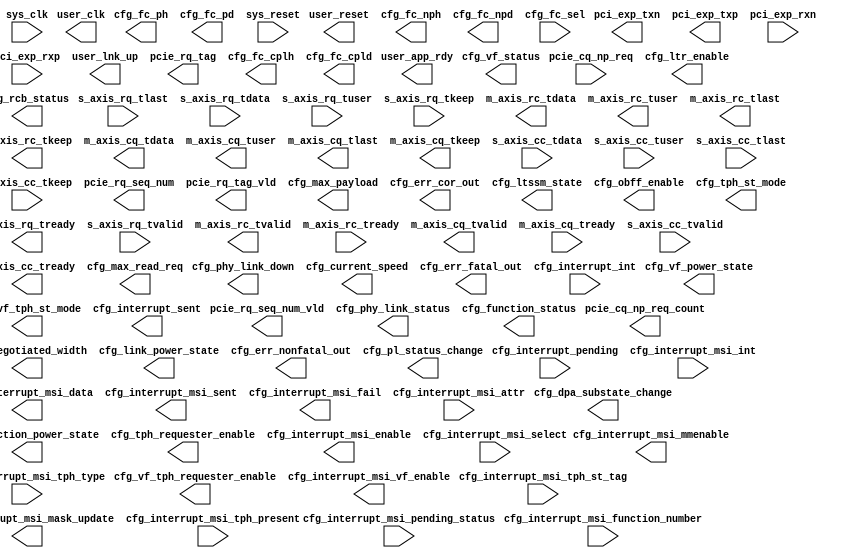
module pcie3_7x_0(pci_exp_txn, pci_exp_txp, pci_exp_rxn, pci_exp_rxp, user_clk, user_reset, user_lnk_up, user_app_rdy, s_axis_rq_tlast, s_axis_rq_tdata, s_axis_rq_tuser, s_axis_rq_tkeep, s_axis_rq_tready, s_axis_rq_tvalid, m_axis_rc_tdata, m_axis_rc_tuser, m_axis_rc_tlast, m_axis_rc_tkeep, m_axis_rc_tvalid, m_axis_rc_tready, m_axis_cq_tdata, m_axis_cq_tuser, m_axis_cq_tlast, m_axis_cq_tkeep, m_axis_cq_tvalid, m_axis_cq_tready, s_axis_cc_tdata, s_axis_cc_tuser, s_axis_cc_tlast, s_axis_cc_tkeep, s_axis_cc_tvalid, s_axis_cc_tready, pcie_rq_seq_num, pcie_rq_seq_num_vld, pcie_rq_tag, pcie_rq_tag_vld, pcie_cq_np_req, pcie_cq_np_req_count, cfg_phy_link_down, cfg_phy_link_status, cfg_negotiated_width, cfg_current_speed, cfg_max_payload, cfg_max_read_req, cfg_function_status, cfg_function_power_state, cfg_vf_status, cfg_vf_power_state, cfg_link_power_state, cfg_err_cor_out, cfg_err_nonfatal_out, cfg_err_fatal_out, cfg_ltr_enable, cfg_ltssm_state, cfg_rcb_status, cfg_dpa_substate_change, cfg_obff_enable, cfg_pl_status_change, cfg_tph_requester_enable, cfg_tph_st_mode, cfg_vf_tph_requester_enable, cfg_vf_tph_st_mode, cfg_fc_ph, cfg_fc_pd, cfg_fc_nph, cfg_fc_npd, cfg_fc_cplh, cfg_fc_cpld, cfg_fc_sel, cfg_interrupt_int, cfg_interrupt_pending, cfg_interrupt_sent, cfg_interrupt_msi_enable, cfg_interrupt_msi_vf_enable, cfg_interrupt_msi_mmenable, cfg_interrupt_msi_mask_update, cfg_interrupt_msi_data, cfg_interrupt_msi_select, cfg_interrupt_msi_int, cfg_interrupt_msi_pending_status, cfg_interrupt_msi_sent, cfg_interrupt_msi_fail, cfg_interrupt_msi_attr, cfg_interrupt_msi_tph_present, cfg_interrupt_msi_tph_type, cfg_interrupt_msi_tph_st_tag, cfg_interrupt_msi_function_number, sys_clk, sys_reset)
/* synthesis syn_black_box black_box_pad_pin="pci_exp_txn[3:0],pci_exp_txp[3:0],pci_exp_rxn[3:0],pci_exp_rxp[3:0],user_clk,user_reset,user_lnk_up,user_app_rdy,s_axis_rq_tlast,s_axis_rq_tdata[127:0],s_axis_rq_tuser[59:0],s_axis_rq_tkeep[3:0],s_axis_rq_tready[3:0],s_axis_rq_tvalid,m_axis_rc_tdata[127:0],m_axis_rc_tuser[74:0],m_axis_rc_tlast,m_axis_rc_tkeep[3:0],m_axis_rc_tvalid,m_axis_rc_tready,m_axis_cq_tdata[127:0],m_axis_cq_tuser[84:0],m_axis_cq_tlast,m_axis_cq_tkeep[3:0],m_axis_cq_tvalid,m_axis_cq_tready,s_axis_cc_tdata[127:0],s_axis_cc_tuser[32:0],s_axis_cc_tlast,s_axis_cc_tkeep[3:0],s_axis_cc_tvalid,s_axis_cc_tready[3:0],pcie_rq_seq_num[3:0],pcie_rq_seq_num_vld,pcie_rq_tag[5:0],pcie_rq_tag_vld,pcie_cq_np_req,pcie_cq_np_req_count[5:0],cfg_phy_link_down,cfg_phy_link_status[1:0],cfg_negotiated_width[3:0],cfg_current_speed[2:0],cfg_max_payload[2:0],cfg_max_read_req[2:0],cfg_function_status[7:0],cfg_function_power_state[5:0],cfg_vf_status[11:0],cfg_vf_power_state[17:0],cfg_link_power_state[1:0],cfg_err_cor_out,cfg_err_nonfatal_out,cfg_err_fatal_out,cfg_ltr_enable,cfg_ltssm_state[5:0],cfg_rcb_status[1:0],cfg_dpa_substate_change[1:0],cfg_obff_enable[1:0],cfg_pl_status_change,cfg_tph_requester_enable[1:0],cfg_tph_st_mode[5:0],cfg_vf_tph_requester_enable[5:0],cfg_vf_tph_st_mode[17:0],cfg_fc_ph[7:0],cfg_fc_pd[11:0],cfg_fc_nph[7:0],cfg_fc_npd[11:0],cfg_fc_cplh[7:0],cfg_fc_cpld[11:0],cfg_fc_sel[2:0],cfg_interrupt_int[3:0],cfg_interrupt_pending[1:0],cfg_interrupt_sent,cfg_interrupt_msi_enable[1:0],cfg_interrupt_msi_vf_enable[5:0],cfg_interrupt_msi_mmenable[5:0],cfg_interrupt_msi_mask_update,cfg_interrupt_msi_data[31:0],cfg_interrupt_msi_select[3:0],cfg_interrupt_msi_int[31:0],cfg_interrupt_msi_pending_status[63:0],cfg_interrupt_msi_sent,cfg_interrupt_msi_fail,cfg_interrupt_msi_attr[2:0],cfg_interrupt_msi_tph_present,cfg_interrupt_msi_tph_type[1:0],cfg_interrupt_msi_tph_st_tag[8:0],cfg_interrupt_msi_function_number[2:0],sys_clk,sys_reset" */;
  output [3:0]pci_exp_txn;
  output [3:0]pci_exp_txp;
  input [3:0]pci_exp_rxn;
  input [3:0]pci_exp_rxp;
  output user_clk;
  output user_reset;
  output user_lnk_up;
  output user_app_rdy;
  input s_axis_rq_tlast;
  input [127:0]s_axis_rq_tdata;
  input [59:0]s_axis_rq_tuser;
  input [3:0]s_axis_rq_tkeep;
  output [3:0]s_axis_rq_tready;
  input s_axis_rq_tvalid;
  output [127:0]m_axis_rc_tdata;
  output [74:0]m_axis_rc_tuser;
  output m_axis_rc_tlast;
  output [3:0]m_axis_rc_tkeep;
  output m_axis_rc_tvalid;
  input m_axis_rc_tready;
  output [127:0]m_axis_cq_tdata;
  output [84:0]m_axis_cq_tuser;
  output m_axis_cq_tlast;
  output [3:0]m_axis_cq_tkeep;
  output m_axis_cq_tvalid;
  input m_axis_cq_tready;
  input [127:0]s_axis_cc_tdata;
  input [32:0]s_axis_cc_tuser;
  input s_axis_cc_tlast;
  input [3:0]s_axis_cc_tkeep;
  input s_axis_cc_tvalid;
  output [3:0]s_axis_cc_tready;
  output [3:0]pcie_rq_seq_num;
  output pcie_rq_seq_num_vld;
  output [5:0]pcie_rq_tag;
  output pcie_rq_tag_vld;
  input pcie_cq_np_req;
  output [5:0]pcie_cq_np_req_count;
  output cfg_phy_link_down;
  output [1:0]cfg_phy_link_status;
  output [3:0]cfg_negotiated_width;
  output [2:0]cfg_current_speed;
  output [2:0]cfg_max_payload;
  output [2:0]cfg_max_read_req;
  output [7:0]cfg_function_status;
  output [5:0]cfg_function_power_state;
  output [11:0]cfg_vf_status;
  output [17:0]cfg_vf_power_state;
  output [1:0]cfg_link_power_state;
  output cfg_err_cor_out;
  output cfg_err_nonfatal_out;
  output cfg_err_fatal_out;
  output cfg_ltr_enable;
  output [5:0]cfg_ltssm_state;
  output [1:0]cfg_rcb_status;
  output [1:0]cfg_dpa_substate_change;
  output [1:0]cfg_obff_enable;
  output cfg_pl_status_change;
  output [1:0]cfg_tph_requester_enable;
  output [5:0]cfg_tph_st_mode;
  output [5:0]cfg_vf_tph_requester_enable;
  output [17:0]cfg_vf_tph_st_mode;
  output [7:0]cfg_fc_ph;
  output [11:0]cfg_fc_pd;
  output [7:0]cfg_fc_nph;
  output [11:0]cfg_fc_npd;
  output [7:0]cfg_fc_cplh;
  output [11:0]cfg_fc_cpld;
  input [2:0]cfg_fc_sel;
  input [3:0]cfg_interrupt_int;
  input [1:0]cfg_interrupt_pending;
  output cfg_interrupt_sent;
  output [1:0]cfg_interrupt_msi_enable;
  output [5:0]cfg_interrupt_msi_vf_enable;
  output [5:0]cfg_interrupt_msi_mmenable;
  output cfg_interrupt_msi_mask_update;
  output [31:0]cfg_interrupt_msi_data;
  input [3:0]cfg_interrupt_msi_select;
  input [31:0]cfg_interrupt_msi_int;
  input [63:0]cfg_interrupt_msi_pending_status;
  output cfg_interrupt_msi_sent;
  output cfg_interrupt_msi_fail;
  input [2:0]cfg_interrupt_msi_attr;
  input cfg_interrupt_msi_tph_present;
  input [1:0]cfg_interrupt_msi_tph_type;
  input [8:0]cfg_interrupt_msi_tph_st_tag;
  input [2:0]cfg_interrupt_msi_function_number;
  input sys_clk;
  input sys_reset;
endmodule